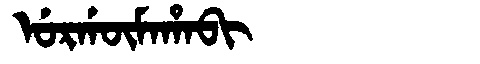
Manchu: ᡠᡵᡤᡡᠮᠠᡥᠠᠪᡳ
Romanization: URGŪMAHABI